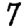
Digit: 7